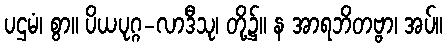
ပဌမံ၊ စွာ။ ပိယပုဂ္ဂ-လာဒီသု၊ တို့၌။ န အာရဘိတဗ္ဗာ၊ အပ်။